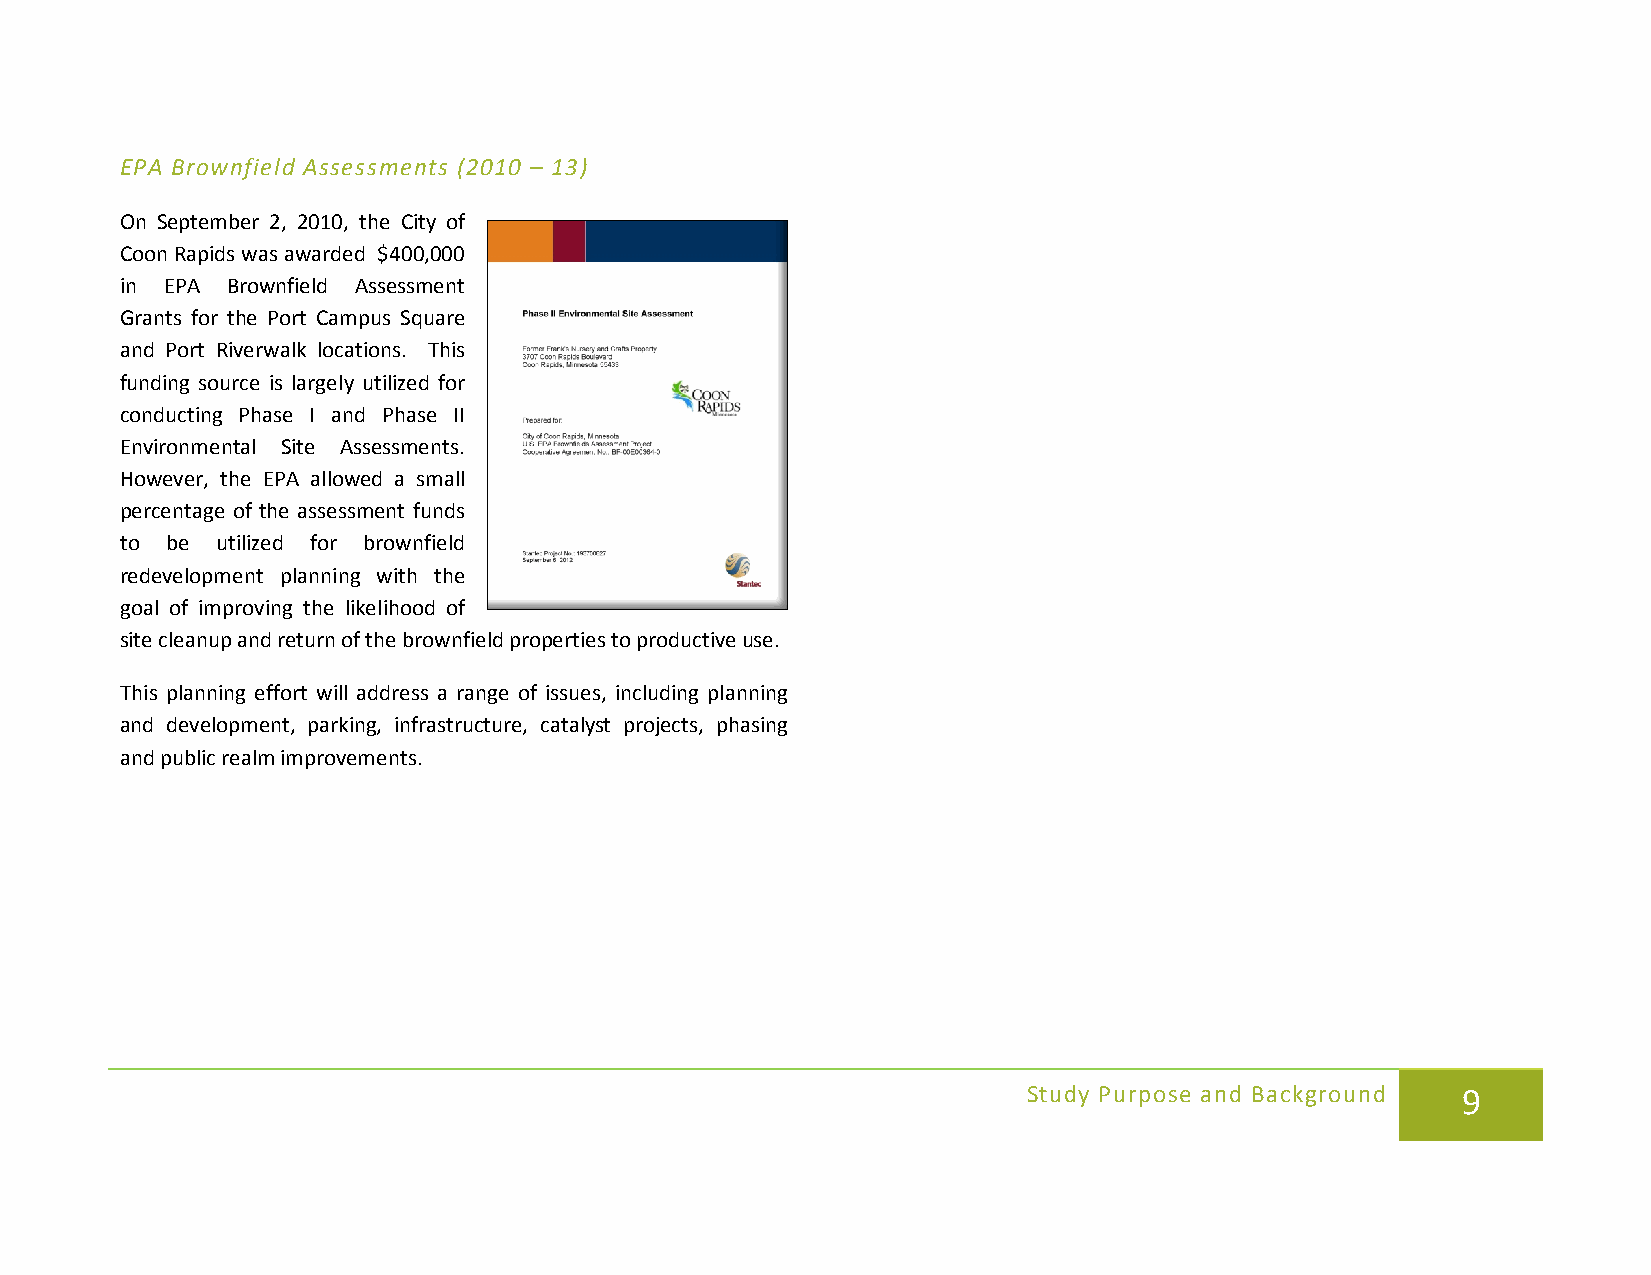
EPA Brownfield Assessments (2010 – 13)
 On September 2, 2010, the City of
 Coon Rapids was awarded $400,000
 in EPA Brownfield Assessment
 Grants for the Port Campus Square
 and Port Riverwalk locations. This
 funding source is largely utilized for
 conducting Phase I and Phase II
 Environmental Site Assessments.
 However, the EPA allowed a small
 percentage of the assessment funds
 to be utilized for brownfield
 redevelopment planning with the
 goal of improving the likelihood of
 site cleanup and return of the brownfield properties to productive use.
 This planning effort will address a range of issues, including planning
 and development, parking, infrastructure, catalyst projects, phasing
 and public realm improvements.
 Study Purpose and Background 9